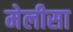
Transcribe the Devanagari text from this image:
मेलीसा